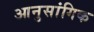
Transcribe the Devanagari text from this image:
आनुसांगिक